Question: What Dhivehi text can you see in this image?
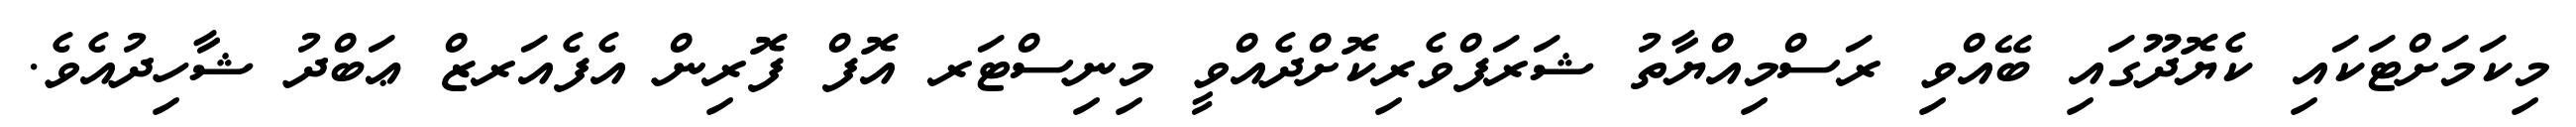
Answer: މިކަމަށްޓަކައި ކެޔޮދޫގައި ބޭއްވި ރަސްމިއްޔާތު ޝަރަފްވެރިކޮށްދެއްވީ މިނިސްޓަރ އޮފް ފޮރިން އެފެއަރޒް ޢަބްދު ޝާހިދުއެވެ.